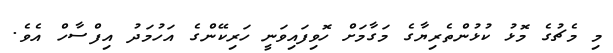
މި މެޗުގެ މޮޅު ކުޅުންތެރިޔާގެ މަގާމަށް ހޮވިފައިވަނީ ހަރިކޭންގެ އަހުމަދު އިފްސާހް އެވެ.